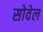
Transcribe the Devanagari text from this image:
सोवेल